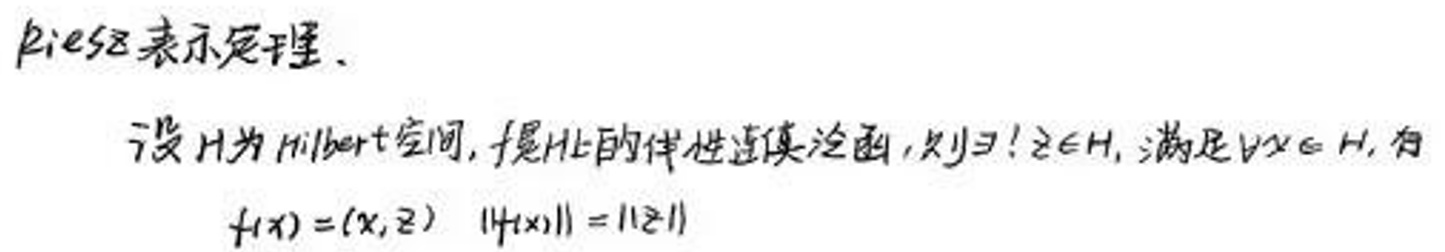
Riesz表示定理.

设$H$为Hilbert空间，$f$是$H$上的线性连续泛函，则$\exists!z\in H$，满足$\forall x\in H$，有
\[f(x)=(x,z)\quad \|f(x)\| = \|z\|\]